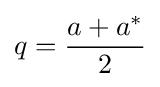
q={\frac {a+a^{*}}{2}}